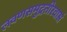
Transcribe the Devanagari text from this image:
लवणसमुद्रतीरवासं